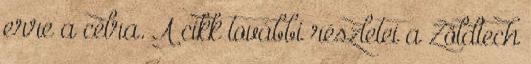
erre a célra. A cikk további részletei a Zöldtech